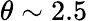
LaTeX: \theta\sim 2.5